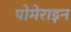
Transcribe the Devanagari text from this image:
पोमेराइन